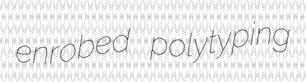
enrobed polytyping